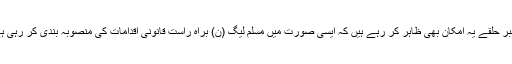
باخبر حلقے یہ امکان بھی ظاہر کر رہے ہیں کہ ایسی صورت میں مسلم لیگ (ن) براہ راست قانونی اقدامات کی منصوبہ بندی کر رہی ہے۔